255_413270_UFO's_and_Defense_What_Should_we_Prepare_For
Agency: NASA
Page 71
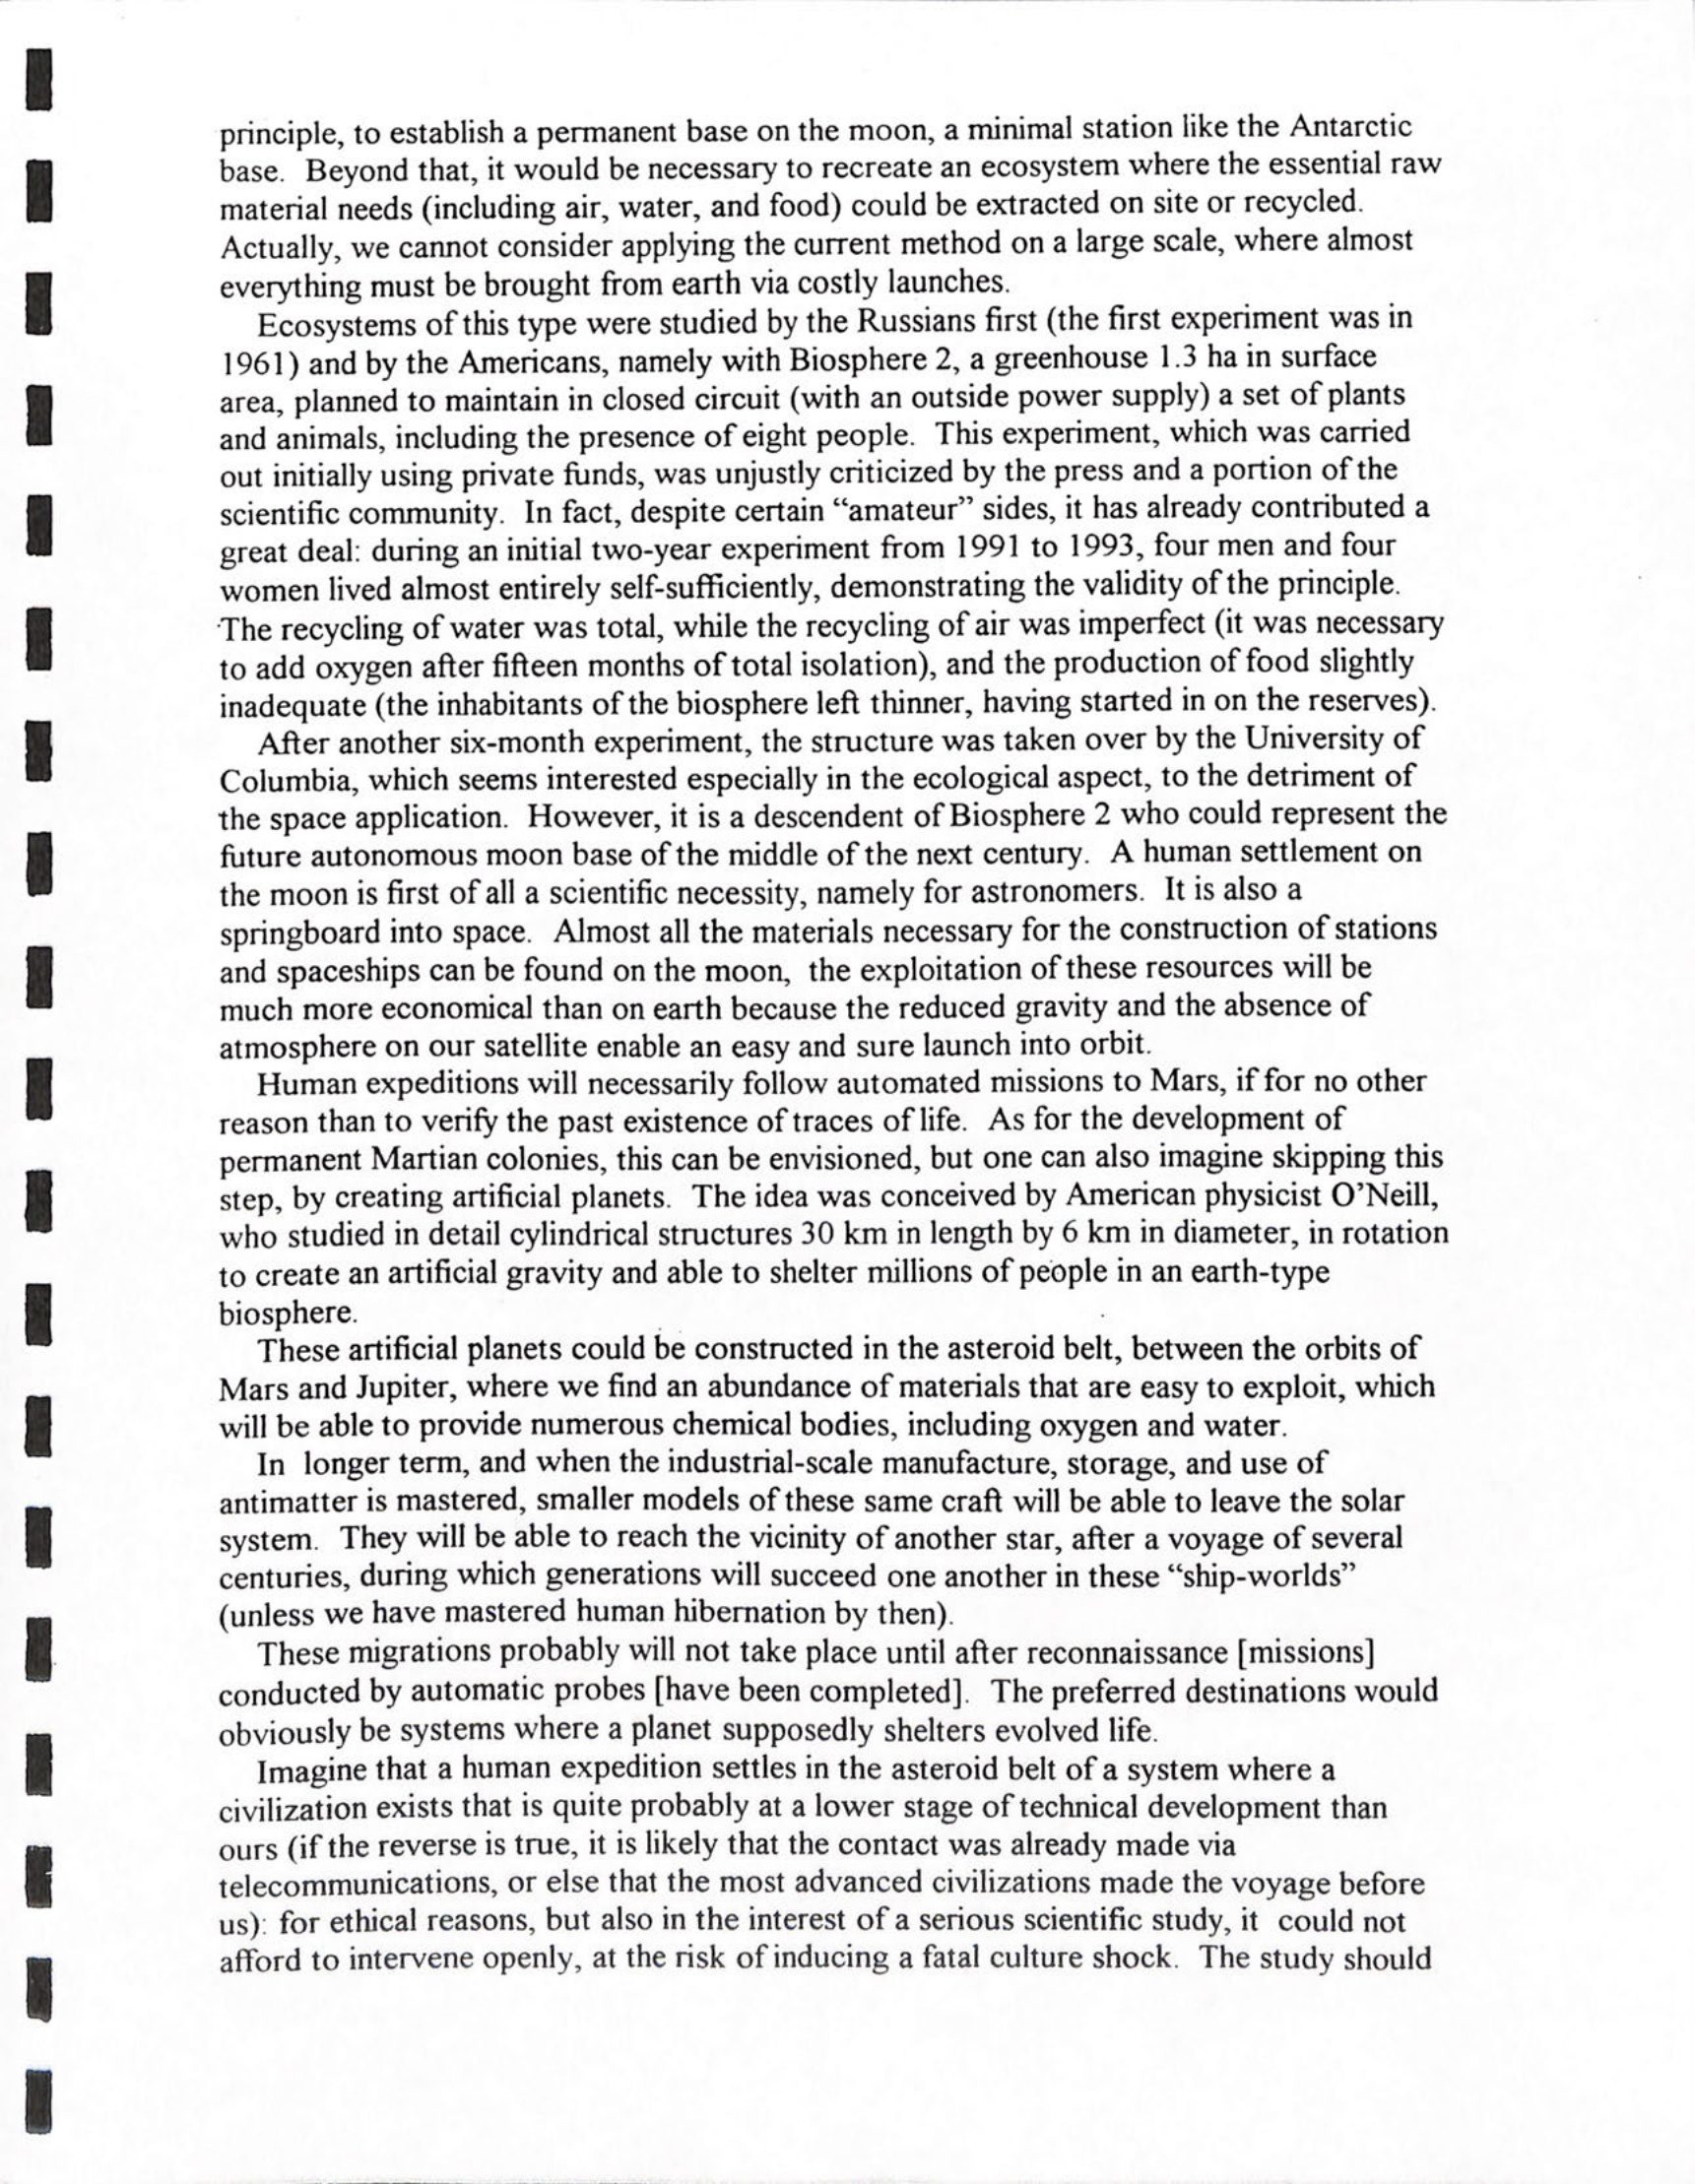